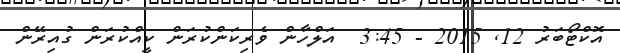
އޮކްޓޯބަރު 12